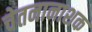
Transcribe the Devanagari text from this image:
चेतनानाशक